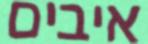
איבים